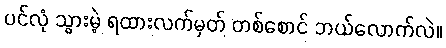
ပင်လုံ သွားမဲ့ ရထားလက်မှတ် တစ်စောင် ဘယ်လောက်လဲ။